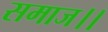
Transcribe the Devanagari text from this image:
समाज।।